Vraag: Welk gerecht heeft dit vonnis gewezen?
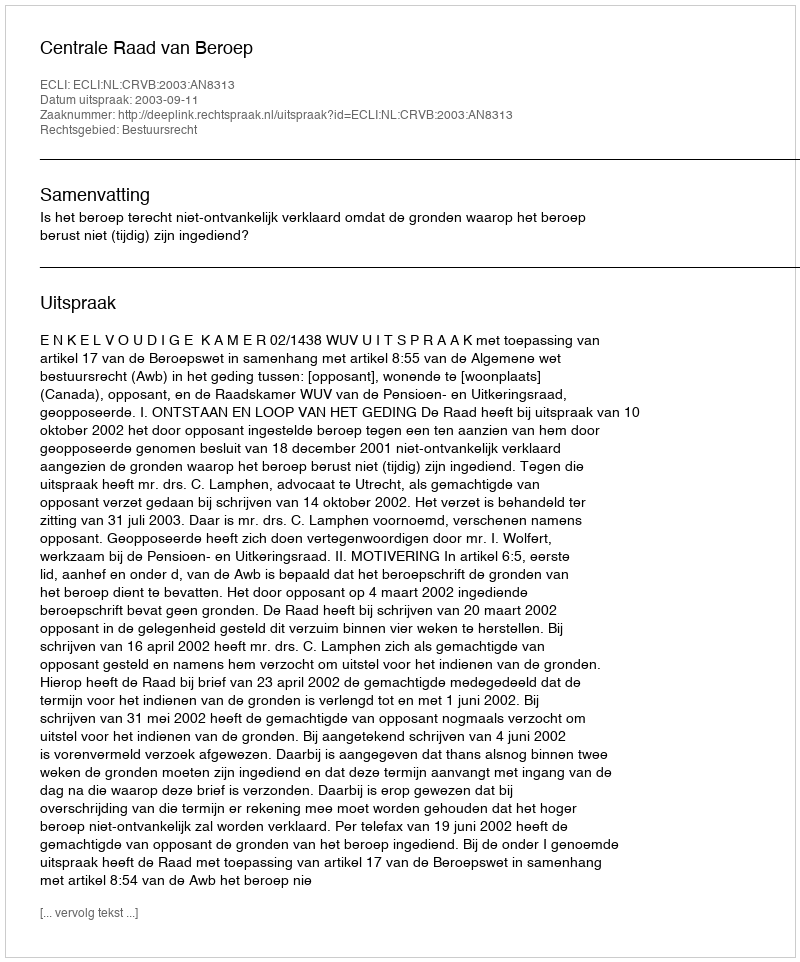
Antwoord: Centrale Raad van Beroep